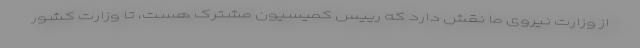
از وزارت نیروی ما نقش دارد که رییس کمیسیون مشترک هست، تا وزارت کشور